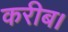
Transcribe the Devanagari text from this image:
करीब।